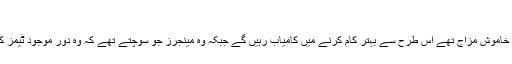
‘
ان کا کہنا تھا کہ ’وہ لوگ جو کام کے دوران پہلے ہی خاموش مزاج تھے اس طرح سے بہتر کام کرنے میں کامیاب رہیں گے جبکہ وہ مینجرز جو سوچتے تھے کہ وہ دور موجود ٹیمز کو نہیں چلا پائیں گے اب ایک الگ نظریہ رکھتے ہیں۔